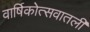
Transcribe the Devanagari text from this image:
वार्षिकोत्सवातली